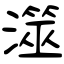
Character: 澨